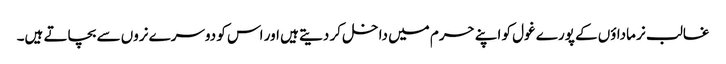
غالب نر ماداؤں کے پورے غول کو اپنے حرم میں داخل کر دیتے ہیں اور اس کو دوسرے نروں سے بچاتے ہیں۔